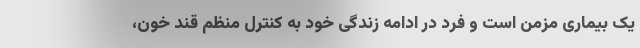
یک بیماری مزمن است و فرد در ادامه زندگی خود به کنترل منظم قند خون،